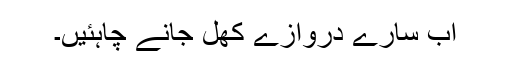
اب سارے دروازے کھل جانے چاہئیں۔